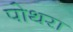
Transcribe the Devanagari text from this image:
पोथरा